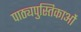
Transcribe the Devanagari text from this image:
पाठ्यपुस्तिकाओं